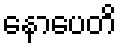
နောပေတိ